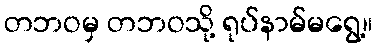
တဘဝမှ တဘဝသို့ ရုပ်နာမ်မရွေ့။